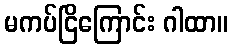
မကပ်ငြိကြောင်း ဂါထာ။